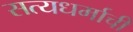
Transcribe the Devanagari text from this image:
सत्यधर्माची